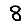
Digit: 8